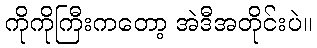
ကိုကိုကြီးကတော့ အဲဒီအတိုင်းပဲ။